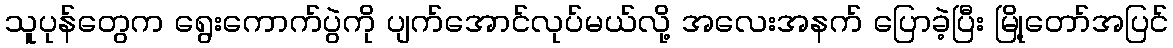
သူပုန်တွေက ရွေးကောက်ပွဲကို ပျက်အောင်လုပ်မယ်လို့ အလေးအနက် ပြောခဲ့ပြီး မြို့တော်အပြင်